Annual administration report of the Civil Veterinary Department of India - 1894-1895
Year: 1894
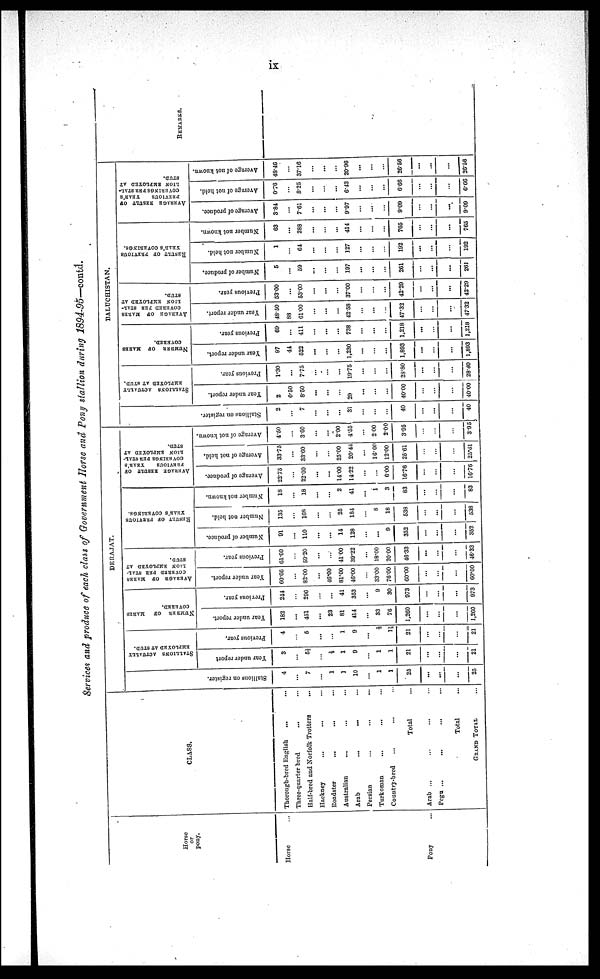
ix
Services and produce of each class of Government Horse and Pony stallion daring 1894-95—contd.
Horse
or
pony.
Horse ...
Pony ...
CLASS.
Thorough-bred English ... ...
Three-quarter bred
...
...
Half-bred and Norfolk Trotters ...
Hackney ... ... ...
Roadster ... ... ...
Australian
...
... ...
Arab
...
... ...
Persian
...
...
...
Turkoman ... ... ...
Country-bred ... ... ...
Total ...
Arab ... ... ... ...
Pegu ... ... ... ...
Total ...
GRAND TOTAL ...
DERAJAT.
Stallions on register.
4
...
7
...
1
1
10
...
1
1
25
...
...
...
25
STALLIONS ACTUALLY
EMPLOYED AT STUD.
Year under report
3
...
5½
...
½
1
9
...
1
1
21
...
...
...
21
Previous year.
4
...
6
...
...
1
9
...
½
1½
21
...
...
...
21
NUMBER OF MAREF
COVERED.
Year under report.
182
...
451
...
23
81
414
...
33
76
1,260
...
...
...
1,260
Previous year.
244
...
296
...
...
41
353
...
9
30
973
...
...
...
973
AVERAGE
OF MARKS
COVERED PER STAL-
LION EMPLOYED AT
STUD.
Year under report.
60.66
...
82.00
...
46.00
81.00
46.00
...
33.00
76.00
60.00
...
...
...
60.00
Previous year.
61.00
...
50.20
...
...
41.00
30.22
...
18.00
20.00
46.33
...
...
...
46.33
RESULT OF PREVIOUS
YEAR'S COVERINGS.
Number of produce.
91
...
110
...
...
14
128
...
...
9
352
...
...
...
352
Number not held.
135
...
168
...
...
25
184
...
8
18
538
...
...
...
538
Number not known.
18
...
18
...
...
2
41
...
1
3
83
...
...
...
83
AVERAGE RESULT OF
PREVIOUS
YEAR'S
COVERINGS PER STAL-
LION EMPLOYED AT
STUD.
Average of produce.
22.75
...
22.00
...
...
14.00
14.22
...
...
6.00
16.76
...
...
...
16.76
Average of not held.
33.75
...
33.60
...
...
25.00
20.44
...
16.00
12.00
25.61
...
...
...
25.61
Average of not known.
4.50
...
3.60
...
...
2.00
4.55
...
2.00
2.00
3.95
...
...
...
3.95
BALUCHISTAN.
STALLIONS ACTUALLY
EMPLOYED AT STUD.
Stallions on register.
2
...
7
...
...
...
31
...
...
...
40
...
...
...
40
Year under report.
2
0.50
8.50
...
...
...
29
...
...
...
40.00
...
...
...
40.00
Previous year.
1.30
...
7.75
...
...
...
19.75
...
...
...
28.80
...
...
...
28.80
NUMBER
OF MARES
COVERED.
Year under report.
97
44
522
...
...
...
1,230
...
...
...
1,893
...
...
...
1,893
Previous year.
69
...
411
...
...
...
738
...
...
...
1,218
...
...
...
1,218
AVERAGE OF MARES
COVERED PER STAL-
---- EMPLOYED AT
STUD.
Year under report.
48.50
88
61.00
...
...
...
42.58
...
...
...
47.32
...
...
...
47.32
Previous year.
53.00
...
53.00
...
...
...
37.00
...
...
...
42.29
...
...
...
42.29
RESULT OF PREVIOUS
YEAR'S
COVERINGS.
Number of produce.
5
...
59
...
...
...
197
...
...
...
261
...
...
...
261
Number not held.
1
...
64
...
...
...
127
...
...
...
192
...
...
...
192
Number not known.
63
...
288
...
...
...
414
...
...
...
765
...
...
...
765
AVERAGE RESULT OF
PREVIOUS
YEAR'S
COVERINGS PER STAL-
---- EMPLOYED AT
STUD.
Average of produce.
3.84
...
7.81
...
...
...
9.97
...
...
...
9.09
...
...
...
9.09
Avernge of not held.
0.70
...
8.25
...
...
...
6.43
...
...
...
6.66
...
...
...
6.60
Average of not known.
48.46
...
37.16
...
...
20.96
...
...
...
26.56
...
...
...
26.56
REMARKS.